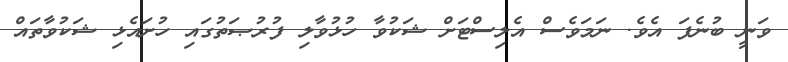
ވަނީ ބުނެފަ އެވެ. ނަމަވެސް އެލިސްޓަށް ޝަކުވާ ހުޅުވާލި ފުރުޞަތުގައި ހުށައެޅި ޝަކުވާތައް